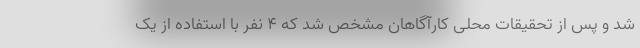
شد و پس از تحقیقات محلی کارآگاهان مشخص شد که 4 نفر با استفاده از یک